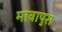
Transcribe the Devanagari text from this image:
मावापुरा